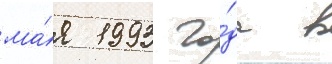
ма́я 1993 го́да в